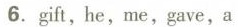
6. gift, he, me, gave, a